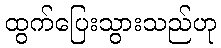
ထွက်ပြေးသွားသည်ဟု